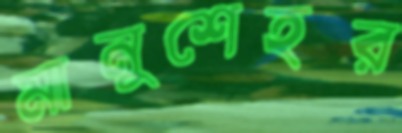
মানুশেহর